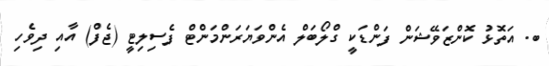
ބ. އަތޮޅު ކޮންޒަވޭޝަން ފަންޑަކީ ގްލޯބަލް އެންވަޔަރަންމަންޓް ފެސިލިޓީ (ޖެފް) އާއި ދިވެހި